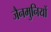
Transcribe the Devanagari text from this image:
जैनमुनियों